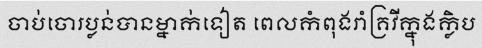
ចាប់ចោរប្លន់បានម្នាក់ទៀត ពេលកំពុងរាំគ្រវីក្នុងក្លិប